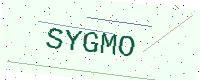
Text: SYGMO